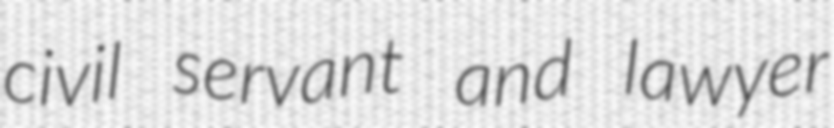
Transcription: civil servant and lawyer